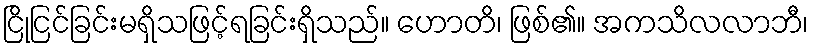
ငြိုငြင်ခြင်းမရှိသဖြင့်ရခြင်းရှိသည်။ ဟောတိ၊ ဖြစ်၏။ အကသိလလာဘီ၊